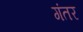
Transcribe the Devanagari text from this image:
गंतर